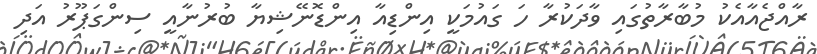
ރާއްޖެއާއެކު މުބާރާތުގައި ވާދަކުރާ ހަ ގައުމަކީ އިންޑިއާ އިންޑޮނޭޝިޔާ ބުރުނާއީ ސިންގަޕޫރު އަދި